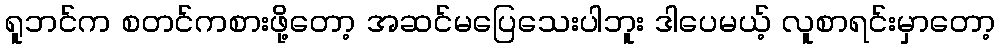
ရူဘင်က စတင်ကစားဖို့တော့ အဆင်မပြေသေးပါဘူး ဒါပေမယ့် လူစာရင်းမှာတော့